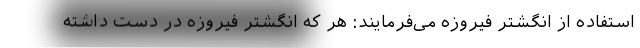
استفاده از انگشتر فیروزه می‌فرمایند: هر که انگشتر فیروزه در دست داشته